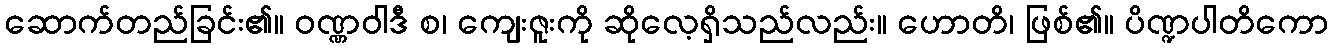
ဆောက်တည်ခြင်း၏။ ဝဏ္ဏဝါဒီ စ၊ ကျေးဇူးကို ဆိုလေ့ရှိသည်လည်း။ ဟောတိ၊ ဖြစ်၏။ ပိဏ္ဍပါတိကော